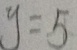
y = 5